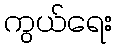
ကွယ်ရေး